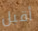
أقبل